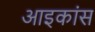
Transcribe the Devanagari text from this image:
आइकांस